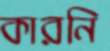
কারনি